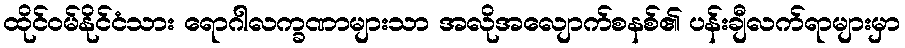
ထိုင်ဝမ်နိုင်ငံသား ရောဂါလက္ခဏာများသာ အလိုအလျောက်စနစ်၏ ပန်းချီလက်ရာများမှာ